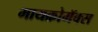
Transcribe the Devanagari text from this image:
मायक्रोमॅक्स